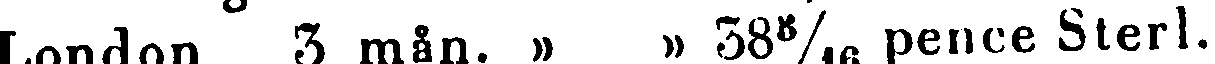
London 3 mån. » » 38 8/16 pence Sterl.